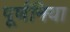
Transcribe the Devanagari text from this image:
पूर्णनिया